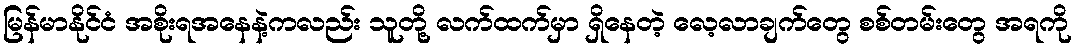
မြန်မာနိုင်ငံ အစိုးရအနေနဲ့ကလည်း သူတို့ လက်ထက်မှာ ရှိနေတဲ့ လေ့လာချက်တွေ စစ်တမ်းတွေ အရကို